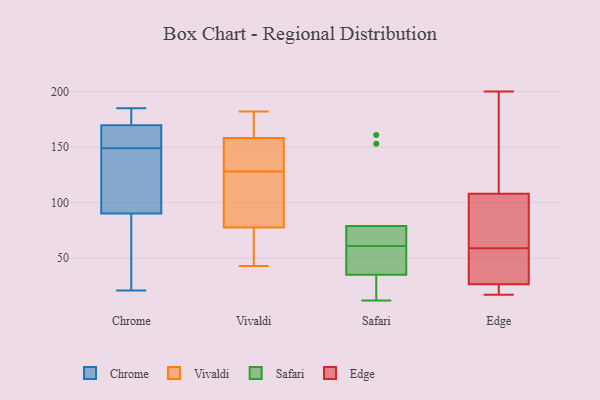
{"axis": {"x": "Shipments", "y": "Value"}, "legend": ["Chrome", "Edge", "Safari", "Vivaldi"], "data": [{"x": "", "y": 84, "type": "Chrome"}, {"x": "", "y": 21, "type": "Chrome"}, {"x": "", "y": 149, "type": "Chrome"}, {"x": "", "y": 135, "type": "Chrome"}, {"x": "", "y": 171, "type": "Chrome"}, {"x": "", "y": 109, "type": "Chrome"}, {"x": "", "y": 166, "type": "Chrome"}, {"x": "", "y": 185, "type": "Chrome"}, {"x": "", "y": 74, "type": "Chrome"}, {"x": "", "y": 155, "type": "Chrome"}, {"x": "", "y": 180, "type": "Chrome"}, {"x": "", "y": 169, "type": "Vivaldi"}, {"x": "", "y": 74, "type": "Vivaldi"}, {"x": "", "y": 182, "type": "Vivaldi"}, {"x": "", "y": 157, "type": "Vivaldi"}, {"x": "", "y": 144, "type": "Vivaldi"}, {"x": "", "y": 100, "type": "Vivaldi"}, {"x": "", "y": 84, "type": "Vivaldi"}, {"x": "", "y": 74, "type": "Vivaldi"}, {"x": "", "y": 128, "type": "Vivaldi"}, {"x": "", "y": 140, "type": "Vivaldi"}, {"x": "", "y": 43, "type": "Vivaldi"}, {"x": "", "y": 162, "type": "Vivaldi"}, {"x": "", "y": 73, "type": "Vivaldi"}, {"x": "", "y": 178, "type": "Vivaldi"}, {"x": "", "y": 89, "type": "Vivaldi"}, {"x": "", "y": 149, "type": "Vivaldi"}, {"x": "", "y": 79, "type": "Vivaldi"}, {"x": "", "y": 73, "type": "Safari"}, {"x": "", "y": 49, "type": "Safari"}, {"x": "", "y": 42, "type": "Safari"}, {"x": "", "y": 35, "type": "Safari"}, {"x": "", "y": 12, "type": "Safari"}, {"x": "", "y": 153, "type": "Safari"}, {"x": "", "y": 76, "type": "Safari"}, {"x": "", "y": 79, "type": "Safari"}, {"x": "", "y": 28, "type": "Safari"}, {"x": "", "y": 161, "type": "Safari"}, {"x": "", "y": 92, "type": "Edge"}, {"x": "", "y": 111, "type": "Edge"}, {"x": "", "y": 153, "type": "Edge"}, {"x": "", "y": 200, "type": "Edge"}, {"x": "", "y": 22, "type": "Edge"}, {"x": "", "y": 19, "type": "Edge"}, {"x": "", "y": 172, "type": "Edge"}, {"x": "", "y": 73, "type": "Edge"}, {"x": "", "y": 41, "type": "Edge"}, {"x": "", "y": 77, "type": "Edge"}, {"x": "", "y": 30, "type": "Edge"}, {"x": "", "y": 45, "type": "Edge"}, {"x": "", "y": 105, "type": "Edge"}, {"x": "", "y": 43, "type": "Edge"}, {"x": "", "y": 179, "type": "Edge"}, {"x": "", "y": 40, "type": "Edge"}, {"x": "", "y": 23, "type": "Edge"}, {"x": "", "y": 93, "type": "Edge"}, {"x": "", "y": 17, "type": "Edge"}, {"x": "", "y": 19, "type": "Edge"}]}